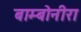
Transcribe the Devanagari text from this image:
बाम्बोनीरा